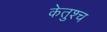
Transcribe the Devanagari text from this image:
केतुश्च